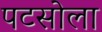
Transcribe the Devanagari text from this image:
पटसोला